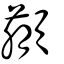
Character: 𩕕